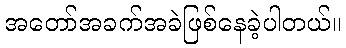
အတော်အခက်အခဲဖြစ်နေခဲ့ပါတယ်။